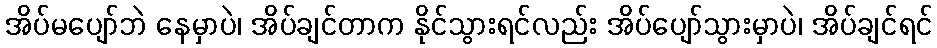
အိပ်မပျော်ဘဲ နေမှာပဲ၊ အိပ်ချင်တာက နိုင်သွားရင်လည်း အိပ်ပျော်သွားမှာပဲ၊ အိပ်ချင်ရင်